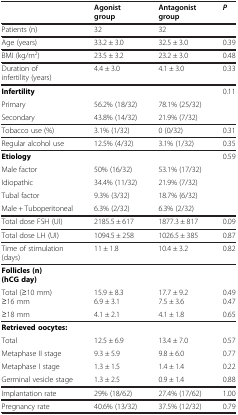
<table><thead><tr><td><b> </b></td><td><b>Agonist group</b></td><td><b>Antagonist group</b></td><td><b><i>P</i></b></td></tr></thead><tbody><tr><td>Patients (n)</td><td>32</td><td>32</td><td> </td></tr><tr><td>Age (years)</td><td>33.2 ± 3.0</td><td>32.5 ± 3.0</td><td>0.39</td></tr><tr><td>BMI (kg/m<sup>2</sup>)</td><td>23.5 ± 3.2</td><td>23.2 ± 3.0</td><td>0.48</td></tr><tr><td>Duration of infertility (years)</td><td>4.4 ± 3.0</td><td>4.1 ± 3.0</td><td>0.33</td></tr><tr><td><b>Infertility</b></td><td> </td><td> </td><td>0.11</td></tr><tr><td>Primary</td><td>56.2% (18/32)</td><td>78.1% (25/32)</td><td> </td></tr><tr><td>Secondary</td><td>43.8% (14/32)</td><td>21.9% (7/32)</td><td> </td></tr><tr><td>Tobacco use (%)</td><td>3.1% (1/32)</td><td>0 (0/32)</td><td>0.31</td></tr><tr><td>Regular alcohol use</td><td>12.5% (4/32)</td><td>3.1% (1/32)</td><td>0.35</td></tr><tr><td><b>Etiology</b></td><td> </td><td> </td><td>0.59</td></tr><tr><td>Male factor</td><td>50% (16/32)</td><td>53.1% (17/32)</td><td> </td></tr><tr><td>Idiopathic</td><td>34.4% (11/32)</td><td>21.9% (7/32)</td><td> </td></tr><tr><td>Tubal factor</td><td>9.3% (3/32)</td><td>18.7% (6/32)</td><td> </td></tr><tr><td>Male + Tuboperitoneal</td><td>6.3% (2/32)</td><td>6.3% (2/32)</td><td> </td></tr><tr><td>Total dose FSH (UI)</td><td>2185.5 ± 617</td><td>1877.3 ± 817</td><td>0.09</td></tr><tr><td>Total dose LH (UI)</td><td>1094.5 ± 258</td><td>1026.5 ± 385</td><td>0.87</td></tr><tr><td>Time of stimulation (days)</td><td>11 ± 1.8</td><td>10.4 ± 3.2</td><td>0.82</td></tr><tr><td><b>Follicles (n) (hCG day)</b></td><td> </td><td> </td><td> </td></tr><tr><td>Total (≥10 mm)≥16 mm</td><td>15.9 ± 8.36.9 ± 3.1</td><td>17.7 ± 9.27.5 ± 3.6</td><td>0.490.47</td></tr><tr><td>≥18 mm</td><td>4.1 ± 2.1</td><td>4.1 ± 1.8</td><td>0.65</td></tr><tr><td><b>Retrieved oocytes:</b></td><td> </td><td> </td><td> </td></tr><tr><td>Total</td><td>12.5 ± 6.9</td><td>13.4 ± 7.0</td><td>0.57</td></tr><tr><td>Metaphase II stage</td><td>9.3 ± 5.9</td><td>9.8 ± 6.0</td><td>0.77</td></tr><tr><td>Metaphase I stage</td><td>1.3 ± 1.5</td><td>1.4 ± 1.4</td><td>0.22</td></tr><tr><td>Germinal vesicle stage</td><td>1.3 ± 2.5</td><td>0.9 ± 1.4</td><td>0.88</td></tr><tr><td>Implantation rate</td><td>29% (18/62)</td><td>27.4% (17/62)</td><td>1.00</td></tr><tr><td>Pregnancy rate</td><td>40.6% (13/32)</td><td>37.5% (12/32)</td><td>0.79</td></tr></tbody></table>